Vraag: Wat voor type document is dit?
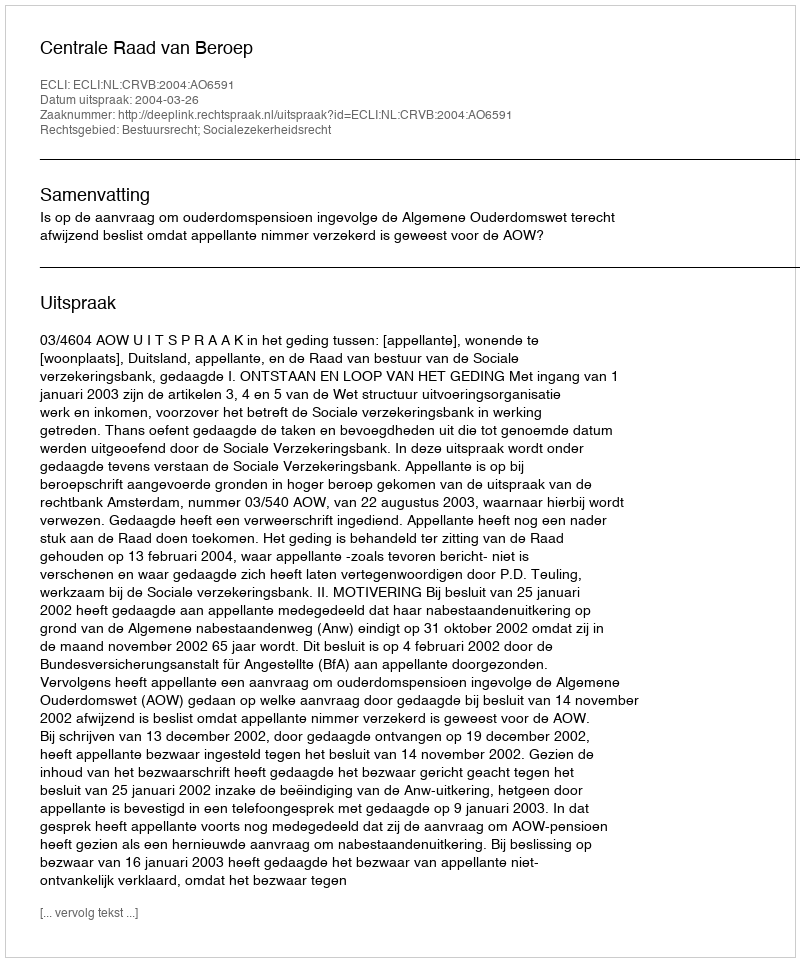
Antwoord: Uitspraak